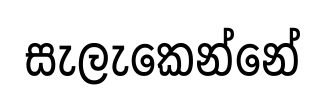
සැලැකෙන්නේ